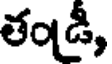
తండీ,